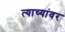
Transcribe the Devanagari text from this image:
त्याच्यांवर